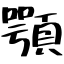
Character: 顎